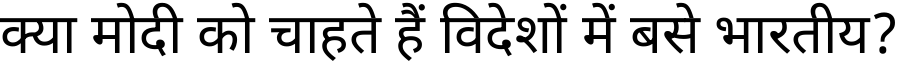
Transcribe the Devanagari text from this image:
क्या मोदी को चाहते हैं विदेशों में बसे भारतीय?